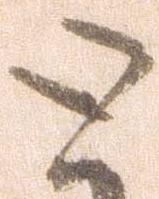
と